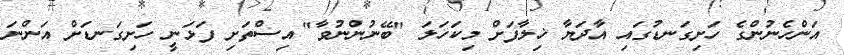
އަންހެނުންގެ ހަށިގަނޑުގައި އާދަޔާ ޚިލާފަށް މިކަހަލަ "ބޭނުންނުވާ" އިސްތަށި ފަޅަނީ ހަށިގަނޑަށް އަންނަ